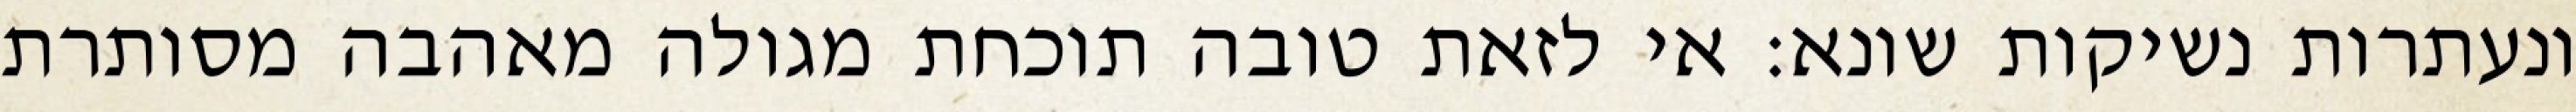
ונעתרות נשיקות שונא: אי לזאת טובה תוכחת מגולה מאהבה מסותרת